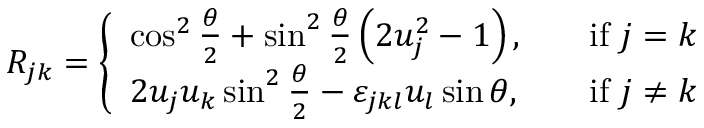
R _ { j k } = { \left\{ \begin{array} { l l } { \cos ^ { 2 } { \frac { \theta } { 2 } } + \sin ^ { 2 } { \frac { \theta } { 2 } } \left( 2 u _ { j } ^ { 2 } - 1 \right) , \quad } & { { \mathrm { i f ~ } } j = k } \\ { 2 u _ { j } u _ { k } \sin ^ { 2 } { \frac { \theta } { 2 } } - \varepsilon _ { j k l } u _ { l } \sin \theta , \quad } & { { \mathrm { i f ~ } } j \neq k } \end{array} \right. }